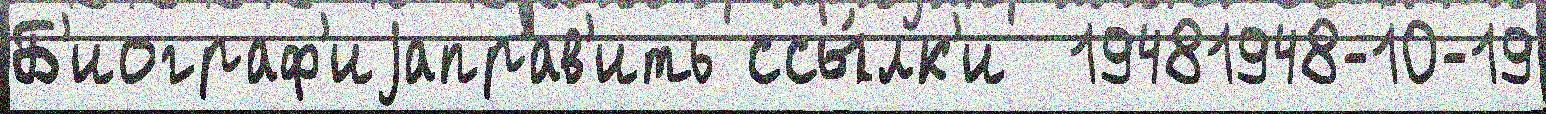
Б'иограф'иjаправ'ить ссы́лк'и  19481948-10-19